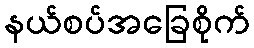
နယ်စပ်အခြေစိုက်